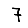
Digit: 7